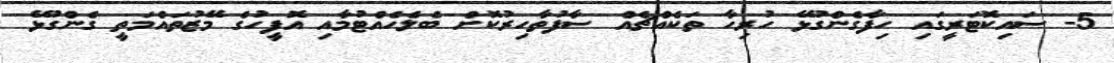
5- ސައިކޮޓަރީގައި ހިފާގެންގުޅޭ ހުރިހާ ތަކެއްޗެއް ސާފުތާހިރުކޮށް ބެލެހެއްޓުމާއި އޮފީހުގެ މޭޒުތައްމަތީ ގެންގުޅޭ